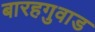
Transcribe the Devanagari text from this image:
बारहगुवाड